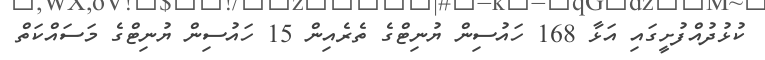
ކުޅުދުއްފުށީގައި އަޅާ 168 ހައުސިން ޔުނިޓްގެ ތެރެއިން 15 ހައުސިން ޔުނިޓްގެ މަސައްކަތް